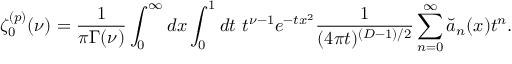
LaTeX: \zeta _ { 0 } ^ { ( p ) } ( \nu ) = { \frac { 1 } { \pi \Gamma ( \nu ) } } \int _ { 0 } ^ { \infty } d x \int _ { 0 } ^ { 1 } d t ~ t ^ { \nu - 1 } e ^ { - t x ^ { 2 } } { \frac { 1 } { ( 4 \pi t ) ^ { ( D - 1 ) / 2 } } } \sum _ { n = 0 } ^ { \infty } \breve { a } _ { n } ( x ) t ^ { n } .